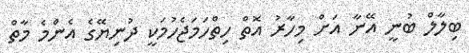
ބިލާލް ބުނީ އޭނާ އަށް މިހާރު އޮތް ހިތްހަމަޖެހުމަކީ ދުނިޔޭގެ އެންމެ މާތް